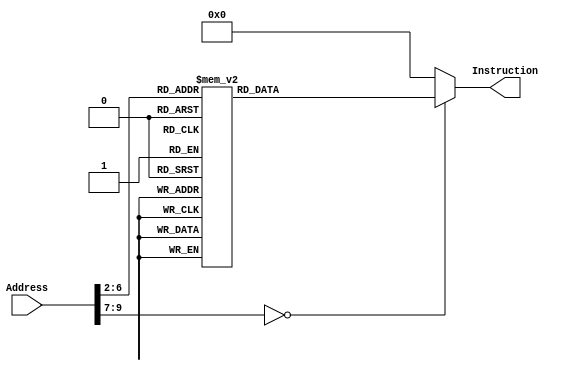

module InstructionMemory(Address, Instruction);
	input [31:0] Address;
	output reg [31:0] Instruction;
	
	always @(*)
		case (Address[9:2])

		/*
			// addi $a0, $zero, 12345 #(0x3039)
			8'd0:    Instruction <= {6'h08, 5'd0 , 5'd4 , 16'h3039};
			// addiu $a1, $zero, -11215 #(0xd431)
			8'd1:    Instruction <= {6'h09, 5'd0 , 5'd5 , 16'hd431};
			// sll $a2, $a1, 16
			8'd2:    Instruction <= {6'h00, 5'd0 , 5'd5 , 5'd6 , 5'd16 , 6'h00};
			// sra $a3, $a2, 16
			8'd3:    Instruction <= {6'h00, 5'd0 , 5'd6 , 5'd7 , 5'd16 , 6'h03};
			// beq $a3, $a1, L1
			8'd4:    Instruction <= {6'h04, 5'd7 , 5'd5 , 16'h0001};
			// lui $a0, -11111 #(0xd499)
			8'd5:    Instruction <= {6'h0f, 5'd0 , 5'd4 , 16'hd499};
			// L1:
			// add $t0, $a2, $a0
			8'd6:    Instruction <= {6'h00, 5'd6 , 5'd4 , 5'd8 , 5'd0 , 6'h20};
			// sra $t1, $t0, 8
			8'd7:    Instruction <= {6'h00, 5'd0 , 5'd8 , 5'd9 , 5'd8 , 6'h03};
			// addi $t2, $zero, -12345 #(0xcfc7)
			8'd8:    Instruction <= {6'h08, 5'd0 , 5'd10, 16'hcfc7};
			// slt $v0, $a0, $t2
			8'd9:    Instruction <= {6'h00, 5'd4 , 5'd10 , 5'd2 , 5'd0 , 6'h2a};
			// sltu $v1, $a0, $t2
			8'd10:   Instruction <= {6'h00, 5'd4 , 5'd10 , 5'd3 , 5'd0 , 6'h2b};
			// Loop:
			// j Loop
			8'd11:   Instruction <= {6'h02, 26'd11};
			
		*/

			8'd0:	Instruction <= 32'h20040003;
			8'd1:	Instruction <= 32'h0c100003;
			8'd2:	Instruction <= 32'h1000ffff;
			8'd3:	Instruction <= 32'h23bdfff8;
			8'd4:	Instruction <= 32'hafbf0004;
			8'd5:	Instruction <= 32'hafa40000;
			8'd6:	Instruction <= 32'h28880001;
			8'd7:	Instruction <= 32'h11000003;
			8'd8:	Instruction <= 32'h00001026;
			8'd9:	Instruction <= 32'h23bd0008;
			8'd10:	Instruction <= 32'h03e00008;
			8'd11:	Instruction <= 32'h2084ffff;
			8'd12:	Instruction <= 32'h0c100003;
			8'd13:	Instruction <= 32'h8fa40000;
			8'd14:	Instruction <= 32'h8fbf0004;
			8'd15:	Instruction <= 32'h23bd0008;
			8'd16:	Instruction <= 32'h00821020;
			8'd17:	Instruction <= 32'h03e00008;
			default: Instruction <= 32'h00000000;
		endcase
		
endmodule